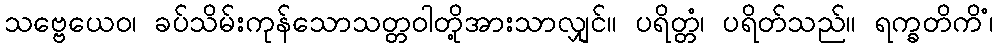
သဗ္ဗေယေဝ၊ ခပ်သိမ်းကုန်သောသတ္တဝါတို့အားသာလျှင်။ ပရိတ္တံ၊ ပရိတ်သည်။ ရက္ခတိကိံ၊